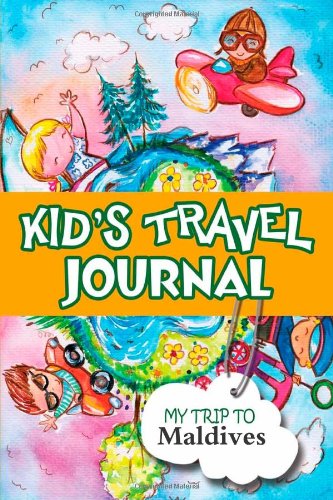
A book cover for Kids travel journal: my trip to maldives; Bluebird Books; Travel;